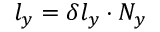
l _ { y } = \delta l _ { y } \cdot N _ { y }